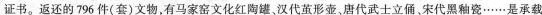
证书。返还的796件(套)文物，有马家窑文化红陶罐、汉代茧形壶，唐代武士立俑。宋代黑釉瓷……是承载